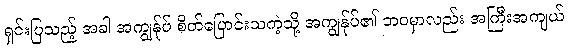
ရှင်းပြသည့် အခါ အကျွန်ုပ် စိတ်ပြောင်းသကဲ့သို့ အကျွန်ုပ်၏ ဘဝမှာလည်း အကြီးအကျယ်